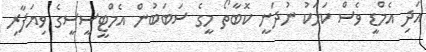
އަދި އެމްޑީ ވެސް ކަމަކު ނުދަނީ ކޮބާތޯ މީގެ ސަބަބުން އެމްޓީސީސީގެ ވިޔަފާރި